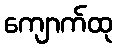
ကျောက်ထု